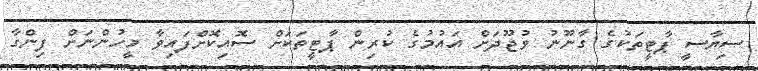
ސިޔާސީ ޕާޓީތަކުގެ ގާނޫނު ވުޖޫދަށް އައުމުގެ ކުރިން ޕާޓީތަކަށް ސޮއިކޮށްފައިވާ މީހުންނަށް ފިންގާ